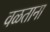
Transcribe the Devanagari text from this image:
वळताना